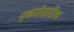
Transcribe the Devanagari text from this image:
एकसेसारीज